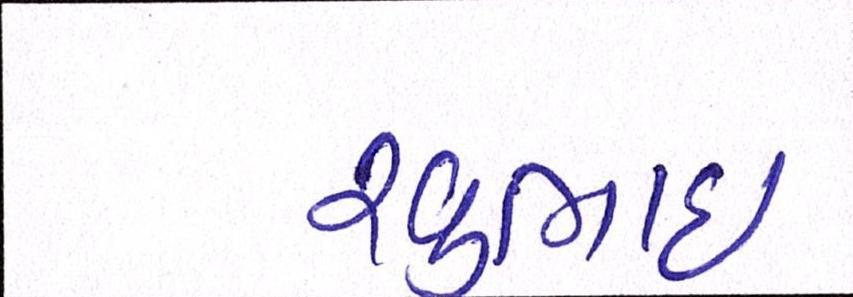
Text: રવુભાઇ